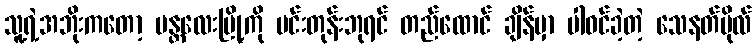
သူ့ရဲ့အဘိုးကတော့ မန္တလေးမြို့ကို မင်းတုန်းဘုရင် တည်ထောင် ချိန်မှာ ပါဝင်ခဲ့တဲ့ သေနတ်ဗိုလ်